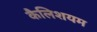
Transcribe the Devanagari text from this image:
कैलिशयम